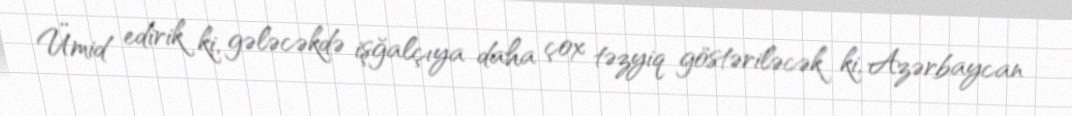
Ümid edirik ki, gələcəkdə işğalçıya daha çox təzyiq göstəriləcək ki, Azərbaycan